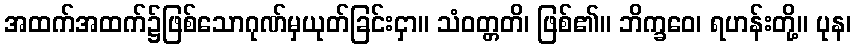
အထက်အထက်၌ဖြစ်သောဂုဏ်မှယုတ်ခြင်းငှာ။ သံဝတ္တတိ၊ ဖြစ်၏။ ဘိက္ခဝေ၊ ရဟန်းတို့။ ပုန၊